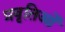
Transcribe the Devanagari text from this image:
प्रवृतिओं